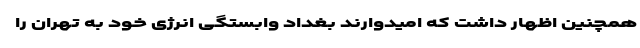
همچنین اظهار داشت که امیدوارند بغداد وابستگی انرژی خود به تهران را